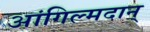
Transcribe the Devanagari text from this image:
आंगिल्मदान्